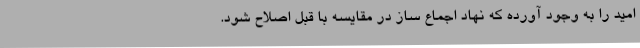
امید را به وجود آورده که نهاد اجماع ساز در مقایسه با قبل اصلاح شود.